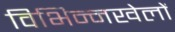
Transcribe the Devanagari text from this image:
विभिन्नखेलों